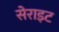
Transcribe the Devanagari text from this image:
सेराइट